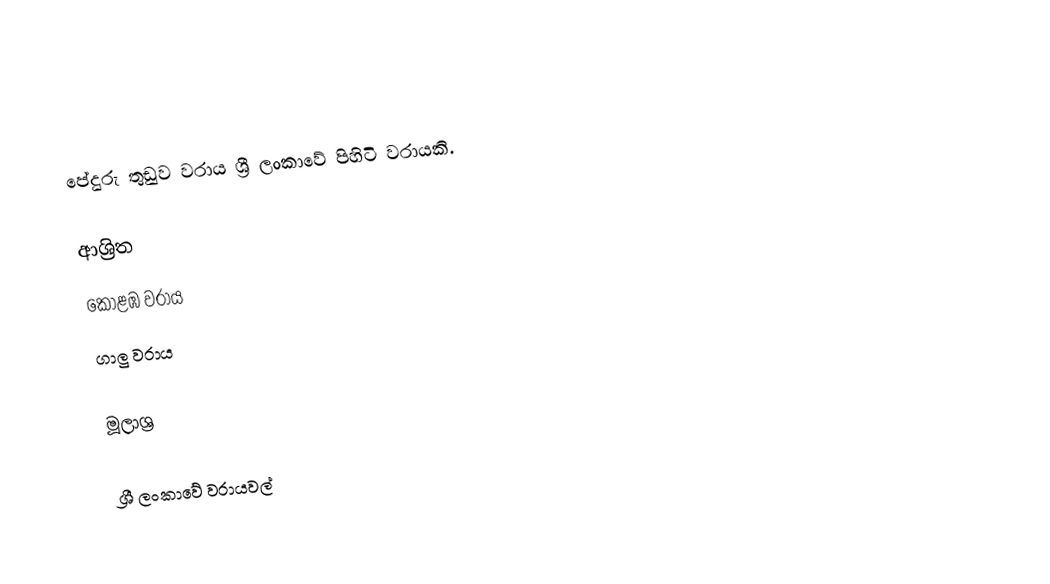
පේදුරු තුඩුව වරාය ශ්‍රී ලංකාවේ පිහිටි වරායකි.

ආශ්‍රිත
 කොළඹ වරාය
 ගාලු වරාය

මූලාශ්‍ර

ශ්‍රී ලංකාවේ වරායවල්